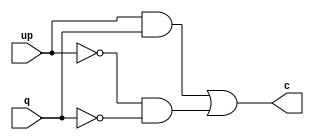
`timescale 1ns / 1ps
module ud(up, q, c);
    input up,q;
    output c;
    assign c=(up&q)|(~up&~q);
endmodule